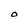
Character: O